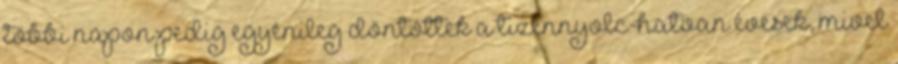
többi napon pedig egyénileg döntöttek a tizennyolc-hatvan évesek, mivel